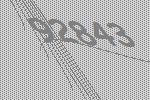
92843